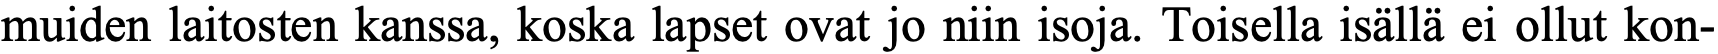
muiden laitosten kanssa, koska lapset ovat jo niin isoja. Toisella isällä ei ollut kon-